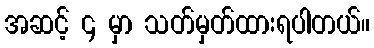
အဆင့် ၄ မှာ သတ်မှတ်ထားရပါတယ်။